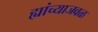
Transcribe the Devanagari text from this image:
ह्यांच्याजवळ